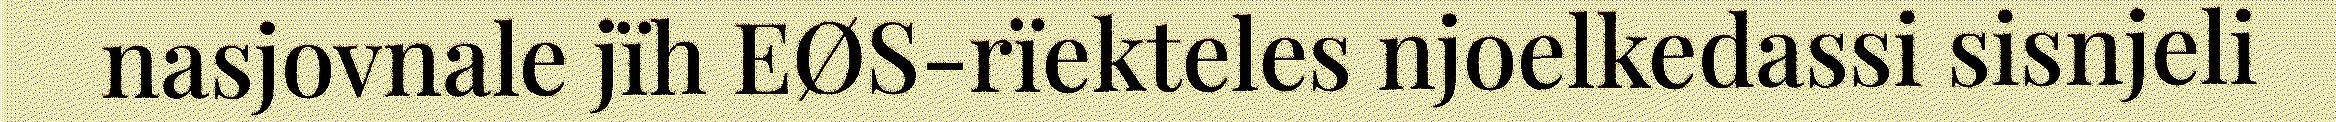
nasjovnale jïh EØS-rïekteles njoelkedassi sisnjeli